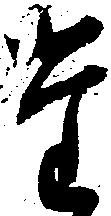
た